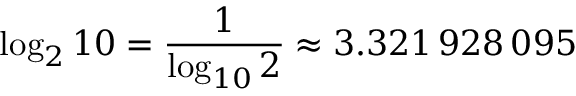
\log _ { 2 } 1 0 = { \frac { 1 } { \log _ { 1 0 } 2 } } \approx 3 . 3 2 1 \, 9 2 8 \, 0 9 5